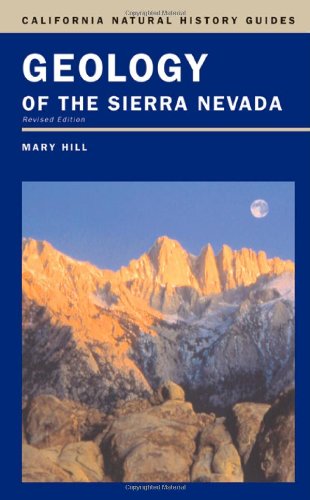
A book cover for Geology of the Sierra Nevada (California Natural History Guides); Mary Hill; Science & Math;